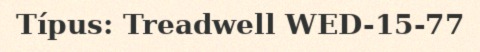
Típus: Treadwell WED-15-77